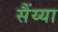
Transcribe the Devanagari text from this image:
सैंय्या